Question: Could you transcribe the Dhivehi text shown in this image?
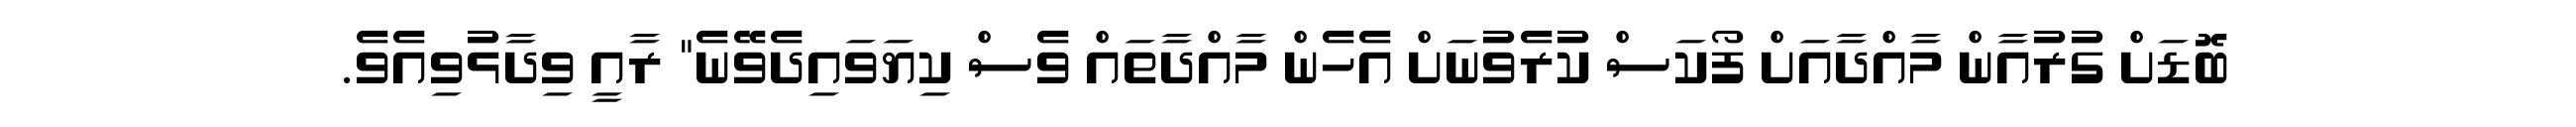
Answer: ބޮޑަށް ގުރުއާން މާއްދާއަށް ފޯކަސް ކުރެވުނަށް އެހެން މާއްދާތައް ވެސް ކިޔަވައިދެވޭނެ" ރާއީ ވިދާޅުވިއެވެ.